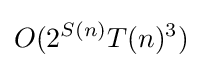
O(2^{S(n)}T(n)^{3})